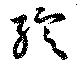
綻